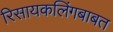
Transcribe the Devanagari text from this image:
रिसायकलिंगबाबत